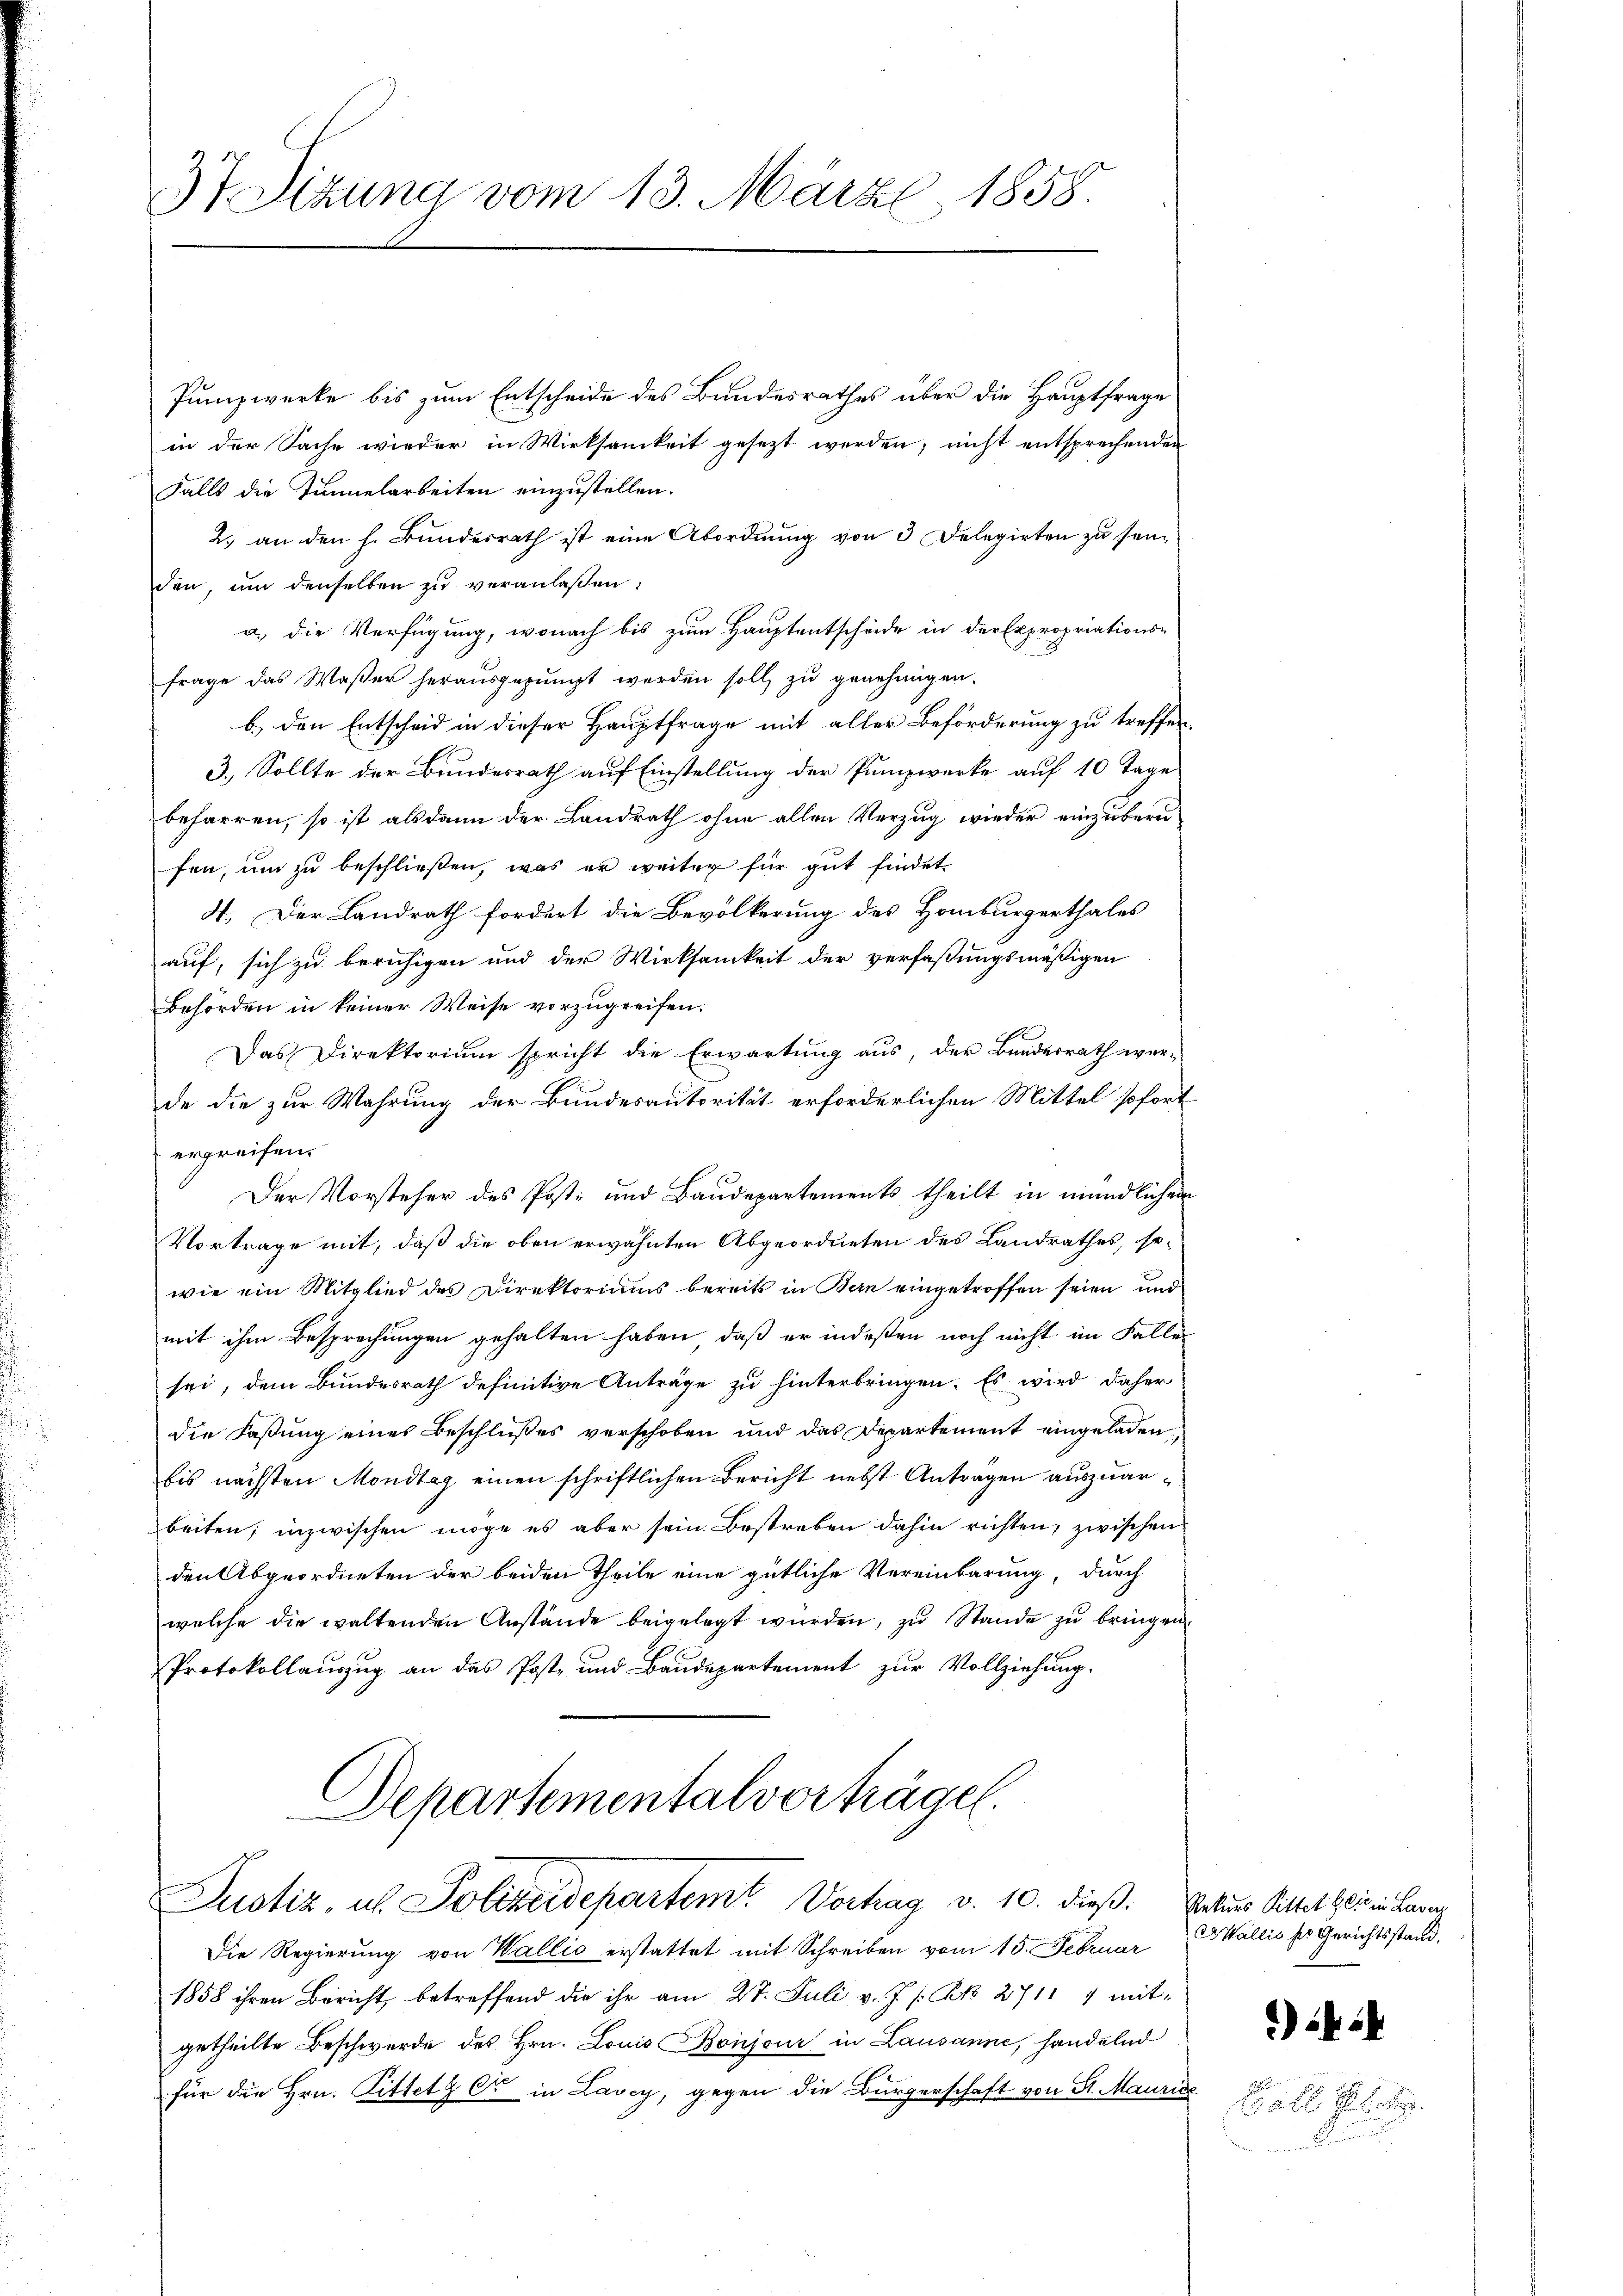
37. Sitzung vom 13. März 1858.

Punzwerke bis zum Entscheide des Bundesrathes über die Hauptfrage
in der Sache wieder in Wirksamkeit gesezt werden, nicht entsprechenden
Falls die Tunnelarbeiten einzustellen.
2.) an den h. Bundesrath ist eine Abordnung von 3 Delegirten zu seiden, um denselben zu veranlassen:
a.) die Verfügung, wonach bis zum Hauptentscheide in der Expropriations-
frage das Waßer herausgepungt werden soll zu genehmigen.
b.) den Entscheid in dieser Hauptfrage mit aller Beförderung zu treffen.
3.) Sollte der Bundesrath auf Einstellung der Punzwerke auf 10 Tage
beharren, so ist alsdann der Landrath ohne allen Verzug wieder einzubern
fen, um zu beschließen, was er weiter für gut findet
4. Der Landrath fordert die Bevölkerung des Homburgerthales
auf, sich zu beruhigen und der Wirksamkeit der verfaßungsmäßigen
Behörden in keiner Weise vorzugreifen.
Das Direktorium spricht die Erwartung aus, der Bundesrath war-
de die zur Wahrung der Bundesautorität erforderlichen Mittel sofort
ergreifen.
Der Vorsteher des Post- und Baudepartements theilt in mündlichen
Vortrage mit, daß die oben erwähnten Abgeordneten des Landrathes, sowie ein Mitglied des Direktoriums bereits in Ban eingetroffen seien und
mit ihm Besprechungen gehalten haben, daß er indeßen noch nicht im Falles
sei, dem Bundesrath definitive Anträge zu hinterbringen. Es wird daher
die Faßung eines Beschlußes verschoben und das Departement eingeladen,
bis nächsten Mondtag einen schriftlichen Bericht nebst Anträgen auszuarbeiten; inzwischen möge es aber sein Bestreben dahin richten, zwischen
den Abgeordneten der beiden Theile eine gütliche Vereinbarung, durch
welche die waltenden Anstände beigelegt würden, zu Stande zu bringen.
Protokollaŭszŭg an das Poste und Baudepartement zŭr Vollziehŭng.

Departementalverträgen.
Justiz, u. Polizeidepartemt Vortrag v. 10. dieß. Satus Sittet heit in Lava

Die Regierung von Wallis erstattet mit Schreiben vom 15. Februar
1858 ihren Bericht, betreffend die ihr am 27. Juli v. J. s. Bek. 2711 4 mit-
getheilte Beschwerde des Hrn. Louis Boujour in Lausanne, handelnd
für die Hrn. Pittelg C in Lavey, gegen die Bürgerschaft von St. Maurias

Wallis der Gerichtsstand,

)

ot